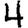
Digit: 4